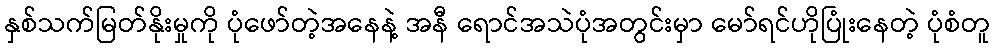
နှစ်သက်မြတ်နိုးမှုကို ပုံဖော်တဲ့အနေနဲ့ အနီ ရောင်အသဲပုံအတွင်းမှာ မော်ရင်ဟိုပြုံးနေတဲ့ ပုံစံတူ